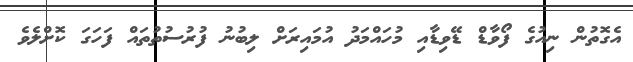
އެގޮތުން ނިއުގެ ފޯވާޑް ޑޭވިޑާއި މުހައްމަދު އުމައިރަށް ލިބުނު ފުރުސުތުތައް ފަހަގަ ކޮށްލެވެ